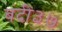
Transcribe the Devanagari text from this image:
बंदी३७